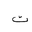
Letter: _ta